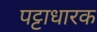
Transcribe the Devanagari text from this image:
पट्टाधारक